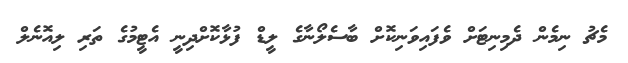
މެޗު ނިމެން ދެމިނިޓަށް ވެފައިވަނިކޮށް ބާސެލޯނާގެ ލީޑް ފުޅާކޮށްދިނީ އެޓީމުގެ ތަރި ލިއޮނެލް